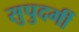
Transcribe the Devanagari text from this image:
सुपुदर्गी